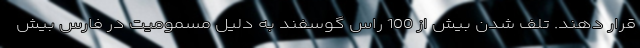
قرار دهند. تلف شدن بیش از 100 راس گوسفند به دلیل مسمومیت در فارس بیش